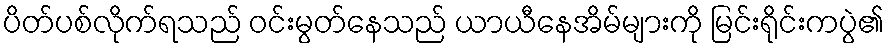
ပိတ်ပစ်လိုက်ရသည် ဝင်းမွတ်နေသည် ယာယီနေအိမ်များကို မြင်းရိုင်းကပွဲ၏